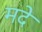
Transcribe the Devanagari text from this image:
मदे